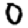
Digit: 0